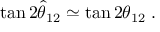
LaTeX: \tan 2 \hat { \theta } _ { 1 2 } \simeq \tan 2 \theta _ { 1 2 } \; .